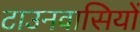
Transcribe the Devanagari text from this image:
टाउनवासियों